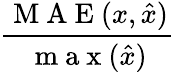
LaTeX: \frac{\mathrm{~M~A~E~}(x,\hat{x})}{\mathrm{~m~a~x~}(\hat{x})}